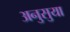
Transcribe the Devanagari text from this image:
अनुसुया